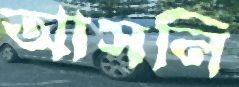
আসলি